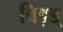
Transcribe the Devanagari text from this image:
विड़ड्